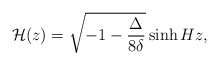
\begin{align*}{\cal H}(z)= \sqrt{-1-\frac{\Delta}{8 \delta}} \sinh{H z},\end{align*}